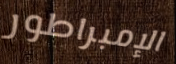
الإمبراطور